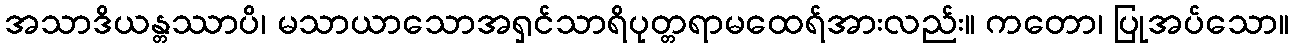
အသာဒိယန္တဿာပိ၊ မသာယာသောအရှင်သာရိပုတ္တရာမထေရ်အားလည်း။ ကတော၊ ပြုအပ်သော။